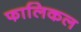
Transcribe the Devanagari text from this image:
फालिकल